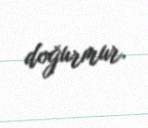
doğurmur.